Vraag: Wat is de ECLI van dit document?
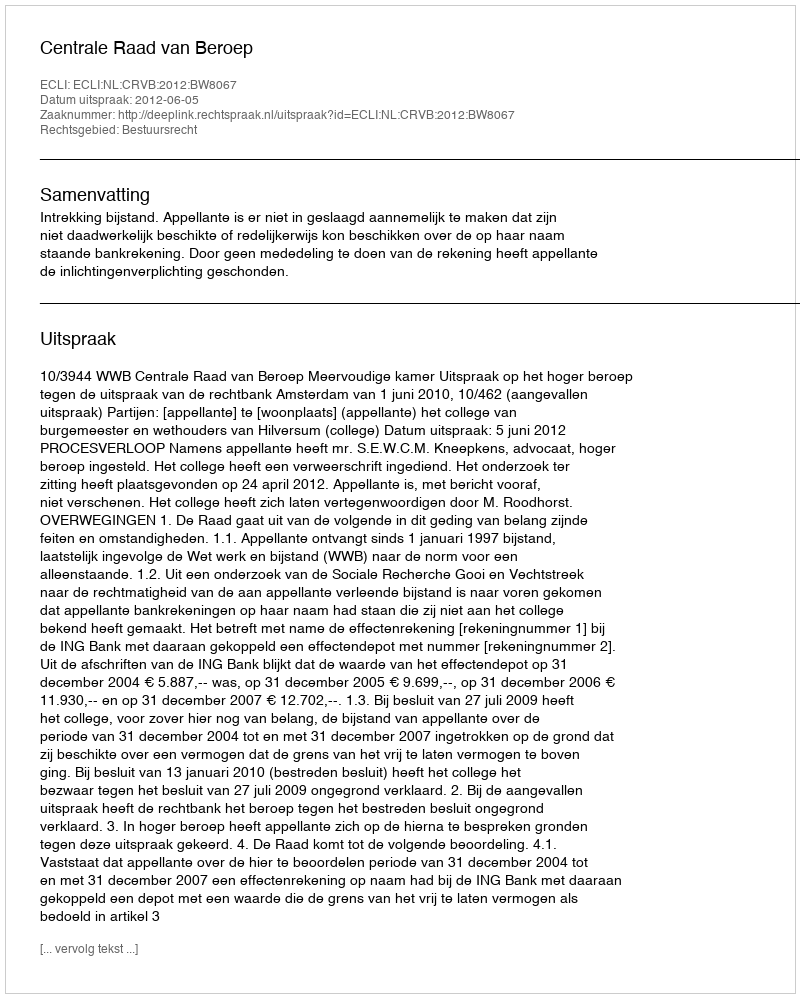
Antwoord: ECLI:NL:CRVB:2012:BW8067